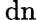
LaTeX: \, \mathrm{{dn}}